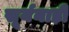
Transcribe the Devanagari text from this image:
सूर्यनाड़ी